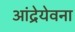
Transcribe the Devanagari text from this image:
आंद्रेयेवना